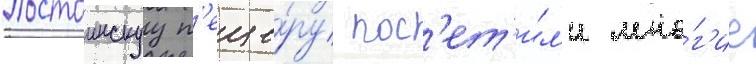
Постоинскуу п'еще́ру пос'ет'и́л'и мно́г'ие